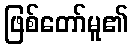
ဖြစ်တော်မူ၏